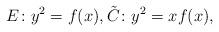
\begin{align*}E \colon y^2=f(x),\tilde{C}\colon y^2=xf(x),\end{align*}